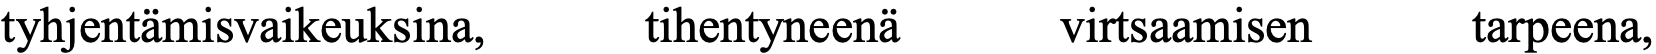
tyhjentämisvaikeuksina, tihentyneenä virtsaamisen tarpeena,